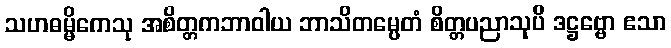
သဟဓမ္မိကေသု အစိတ္တကဘာဝါယ ဘာသိတမ္ပေတံ စိတ္တပညာသုပိ ဒဋ္ဌဗ္ဗော ဧသာ